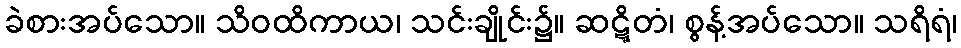
ခဲစားအပ်သော။ သိဝထိကာယ၊ သင်းချိုင်း၌။ ဆဋ္ဋိတံ၊ စွန့်အပ်သော။ သရိရံ၊